Medical and sanitary report of the native army of Bengal for the year
Year: 1878
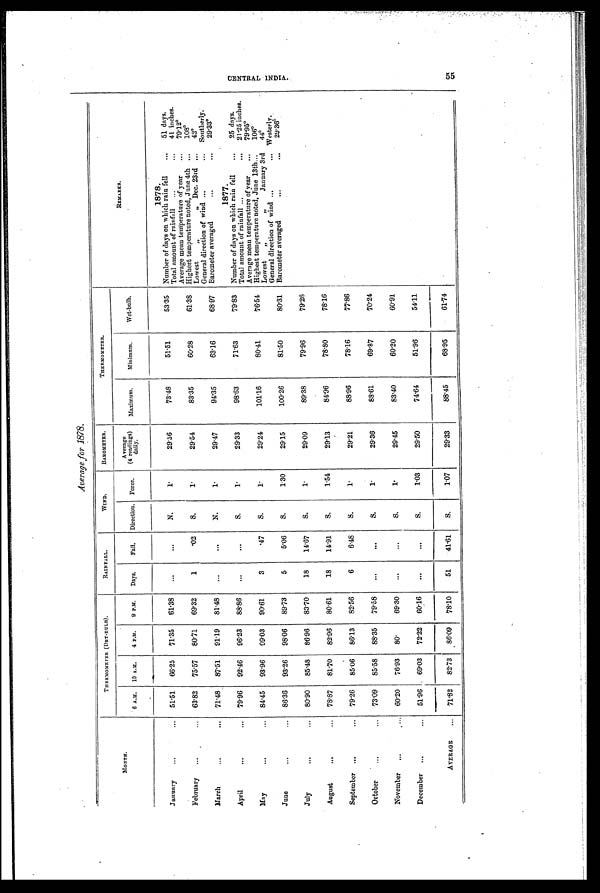
Average for 1878.
MONTH.
THERMOMETER ( DRY.BULB).
RAINFALL.
WIND.
BAROMETER.
THERMOMETER.
REMARKS.
6 A.M.
10 A.M.
4 P.M.
9 P.M.
Days.
Fall.
Direction.
Force.
Average
(4 readings)
Maximum.
Minimum.
Wet.bulb.
January
...
...
51.51
66.25
71.35
61.38
...
...
N.
1.
29.56
73.48
51.51
53.35
1878.
Number of days on which rain fell
...
51 days,
February
...
...
63.82
75.57
80.71
69.32
1
.02
S.
1.
29.54
83.35
60.28
61.38
Total amount of rainfall
...
...
41 inches.
Average mean temperature of year
...
79.12°H
ighest temperature noted, June 4th ...
108°L
owest
„
„ Dec. 23rd ...
42°M
arch
...
...
71.48
87.51
91.19
81.48
...
...
N.
1.
29.47
94.35
63.16
68.97
General direction of wind ...
...
Southerly;
Barometer averaged
29.33°1
877.
April
...
...
79.96
92.46
96.23
88.86
...
. . .
S.
1.
29.33
98.63
71.63
79.83
Number of days on which rain fell
...
25 days.
Total amount of rainfall ...
...
21.25 inches.
May
. . .
..
84.45
93.96
09.03
90.61
3
.47
S.
1.
29.24
101.16
80.41
76.54
Average mean temperature of year
...
79.95°H
ighest temperature noted, June 13th...
106°L
owest
„
„
January 3rd
44°J
un
. . .
..
86.36
93.26
98.06
89.73
5
5.06
S.
1.30
29.15
100.26
81.50
80.31
General direction of wind ...
... Westerly.
Barometer averaged
29.36
º
July
...
...
80.90
85.48
86.96
83.70
18
14.67
S.
1.
29.09
89.38
79.96
79.26
August
...
...
78.87
81.70
82.96
80.61
18
14.91
S.
1 . 5 4
29.13
84.96
78.80
78.16
September ...
...
79.26
85.06
86.13
82.56
6
6.48
S.
1.
29.21
88.96
78.16
77.86
October
. . .
...
73.09
85.58
88.35
79.58
...
. . .
S.
1.
29.36
88.61
69.87
70.24
November
...
...
60.20
76.93
8 0 .
69.30
...
...
S.
1 .
29.45
83.40
60.20
60.91
December
. . .
...
51.96
69.03
72.22
60.16
. . .
. . .
S.
1.03
29.50
74.64
51.96
54.11
AVERAGE
...
71.82
82.73
86.09
78.10
51
41.61
S.
1.07
29.33
88.45
68.95
61.74
CE NT RA L I NDI A . 5 5